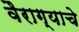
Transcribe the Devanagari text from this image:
वैराग्याचे